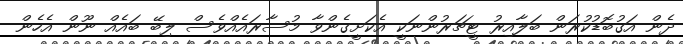
ދެން އަގުބޮޑުކުރަން ބަލާއިރު ޓީޗަރުންނަކީ އެކަށީގެންވާ މުސާރައެއްވެސް ލިބޭ ބައެއް ނޫން އެހެން